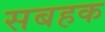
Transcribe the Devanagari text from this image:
सबहक